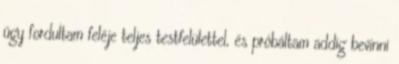
úgy fordultam feléje teljes testfelülettel, és próbáltam addig bevinni